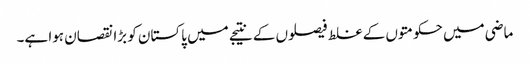
ماضی میں حکومتوں کے غلط فیصلوں کے نتیجے میں پاکستان کو بڑا نقصان ہوا ہے۔